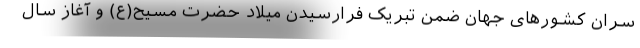
سران کشورهای جهان ضمن تبریک فرارسیدن میلاد حضرت مسیح(ع) و آغاز سال